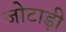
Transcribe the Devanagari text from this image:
जोटाड़ी